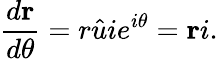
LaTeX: {\frac{d\mathbf{r}}{d\theta}}=r{\hat{u}}ie^{i\theta}=\mathbf{r}i.